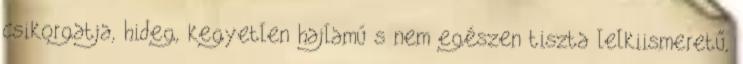
csikorgatja, hideg, kegyetlen hajlamú s nem egészen tiszta lelkiismeretű,